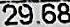
29.68